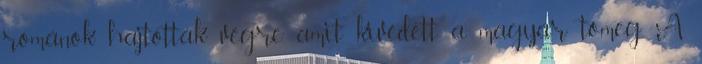
románok hajtották végre, amit kivédett a magyar tömeg. A